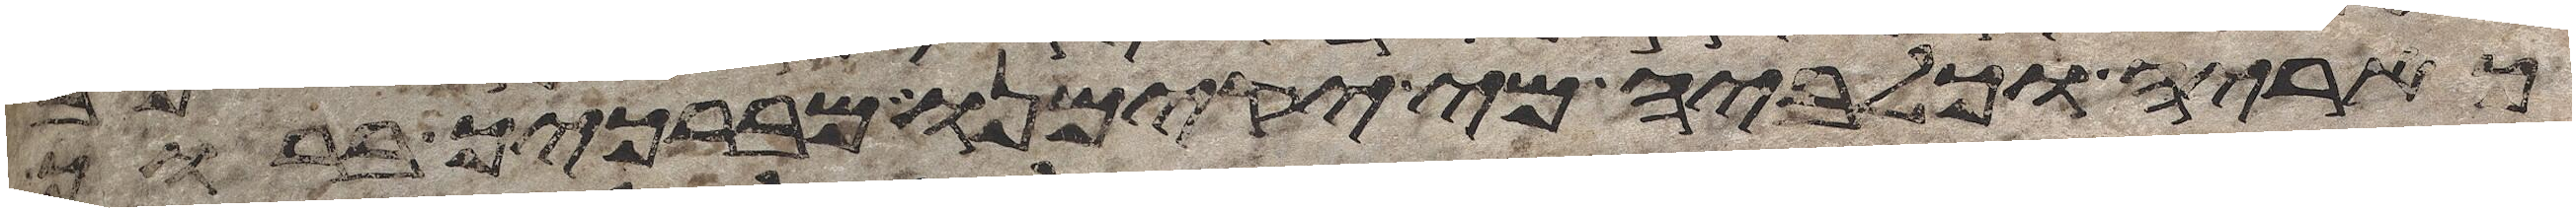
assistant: כאריה וכלביה מי יקימנו מברכיך ברוך